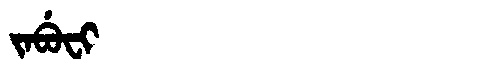
Manchu: ᠵᠠᠪᡠᠸᡳ
Romanization: JABUFI